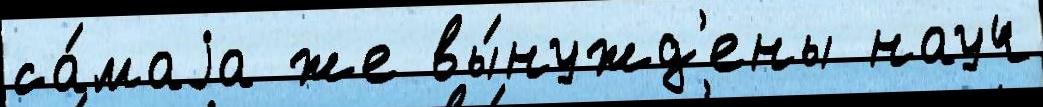
са́маjа же вы́нужд'ены науч